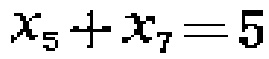
\(x_{5}+x_{7}=5\)